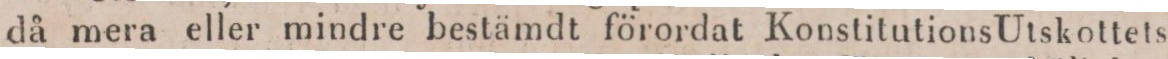
då mera eller mindre bestämdt förordat Konstitutions Utskottets